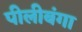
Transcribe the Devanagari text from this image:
पीलीबंगा